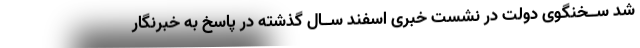
شد ســخنگوی دولت در نشست خبری اسفند ســال گذشته در پاسخ به خبرنگار